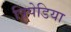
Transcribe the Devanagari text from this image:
त्रिपेडिया